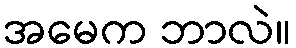
အမေက ဘာလဲ။